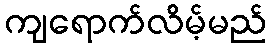
ကျရောက်လိမ့်မည်